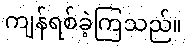
ကျန်ရစ်ခဲ့ကြသည်။